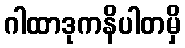
ဂါထာဒုကနိပါတမှိ